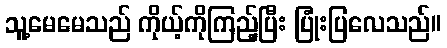
သူ့မေမေသည် ကိုယ့်ကိုကြည့်ပြီး ပြုံးပြလေသည်။